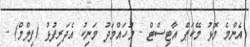
އެންމެ މޮޅު މޭކަޕް އާޓިސްޓް - މުހައްމަދު މަނިކު އެދަރިފުޅު (ފިލްމް) -